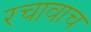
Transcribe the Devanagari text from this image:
रचावाच